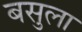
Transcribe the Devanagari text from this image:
बसुला